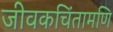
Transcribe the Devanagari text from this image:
जीवकचिंतामणि